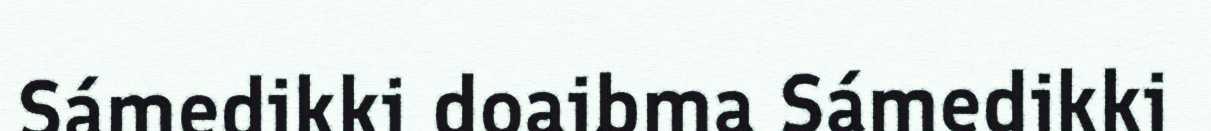
Sámedikki doaibma Sámedikki